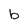
Character: b